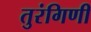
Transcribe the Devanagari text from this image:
तुरंगिणी